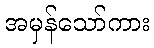
အမှန်သော်ကား